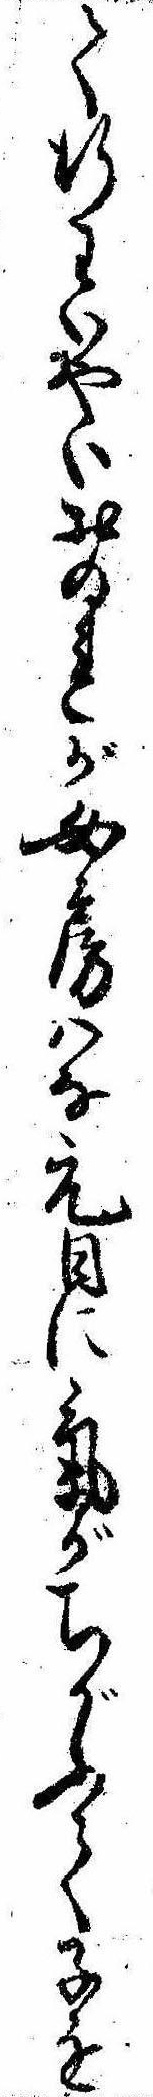
て行わいやいおのれが女房はな元日に気がちがふて子を